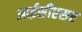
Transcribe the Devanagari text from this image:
आईसीएसए